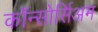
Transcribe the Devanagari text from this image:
कॉन्सोर्सिअम